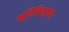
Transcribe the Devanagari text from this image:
भूतिविभूषणः